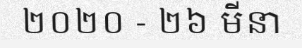
២០២០ - ២៦ មីនា